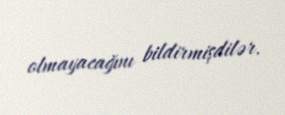
olmayacağını bildirmişdilər.